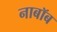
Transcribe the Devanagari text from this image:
नाबॉब